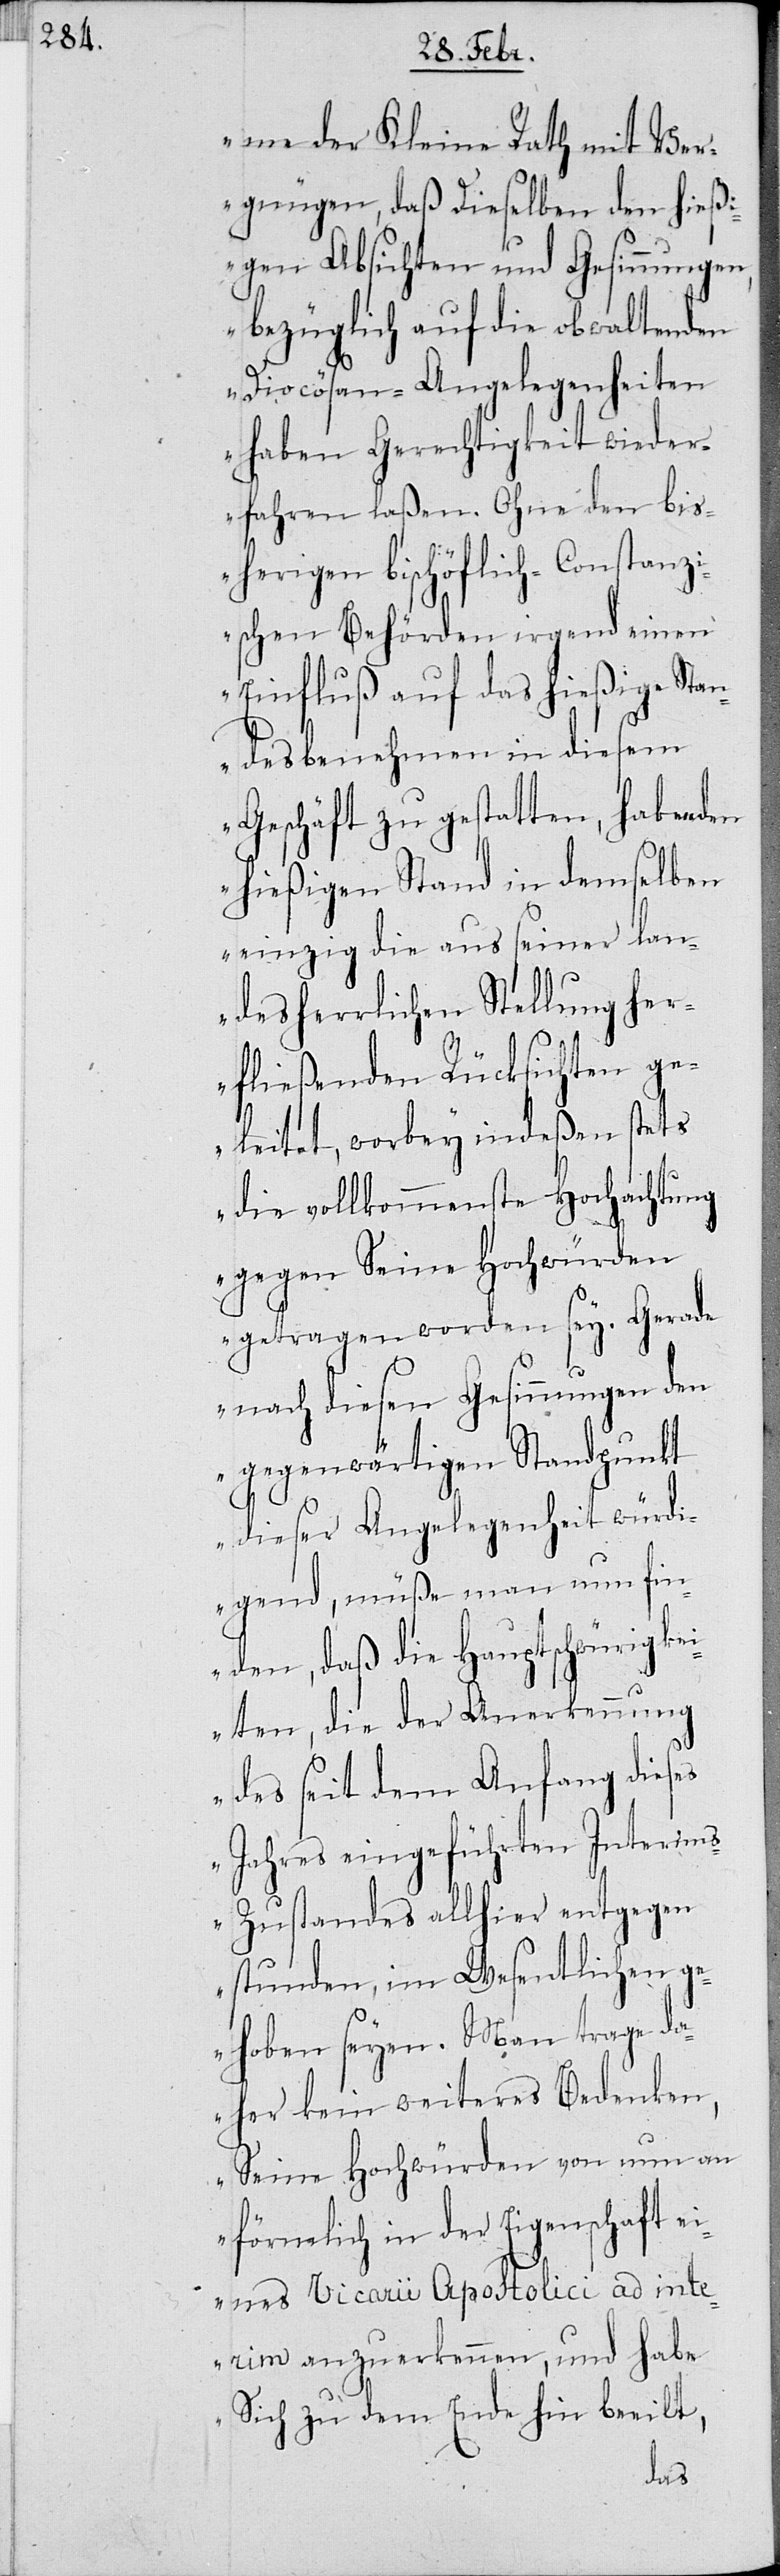
me der Kleine Rath mit Ver¬
gnügen, daß dieselben den hießi¬
gen Absichten und Gesinnungen,
bezüglich auf die obwaltenden
Diocösan-Angelegenheiten
haben Gerechtigkeit wieder¬
fahren laßen. Ohne den bis¬
herigen bischöflich-Constanz¬
ischen Behörden irgend einen
Einfluß auf das hießige Stan¬
desbenehmen in diesem
Geschäft zu gestatten, haben den
hießigen Stand in demselben
einzig die aus seiner lan¬
desherrlichen Stellung he¬
rfließenden Rücksichten ge¬
leitet, wobey indeßen stets
die vollkommenste Hochachtung
gegen Seine Hochwürden
getragen worden sey. Gerade
nach diesen Gesinnungen den
gegenwärtigen Standpunkt
dieser Angelegenheit würdi¬
gend, müße man nun fin¬
den, daß die Hauptschwürigke¬
iten, die der Anerkennung
des seit dem Anfang dieses
Jahres eingeführten Interim¬
s-Zustandes allhier entgegen
stunden, im Wesentlichen g¬
ehoben seyen. Man trage da¬
her kein weiteres Bedenken,
Seine Hochwürden von nun an
förmlich in der Eigenschaft ei¬
nes Vicarii Apostolicii ad inte¬
rim anzuerkennen, und habe
Sich zu dem Ende hin beeilt,